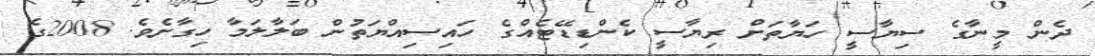
ދެން މީނާގެ ސިޔާސީ ހަޔާތަށް ރިޔާސީ ކެންޑިޑޭޓެއްގެ ހައިސިއްޔަތުން ބަލާލަމާ ހިގާށެވެ. 2008ގެ